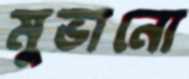
মুভানো